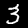
Digit: 3